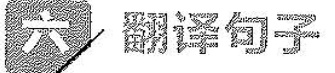
六 翻译句子